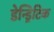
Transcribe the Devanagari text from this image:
डेन्ड्रिटिक